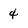
Character: 4